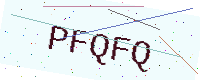
Text: PFQFQ